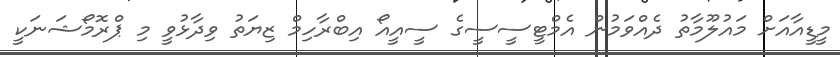
މީޑީއާއަށް މައުލޫމާތު ދެއްވަމުން އެމްޓީސީސީގެ ސީއީއޯ އިބްރާހިމް ޒިޔަތު ވިދާޅުވީ މި ޕްރޮމޯޝަނަކީ